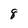
Character: 8